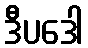
ဒီပဒေါ